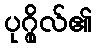
ပုဂ္ဂိုလ်၏